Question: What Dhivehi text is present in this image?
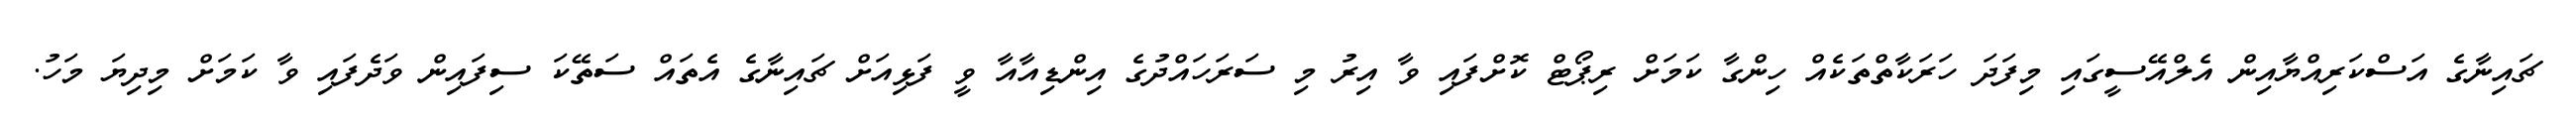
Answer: ޗައިނާގެ އަސްކަރިއްޔާއިން އެލްއޭސީގައި މިފަދަ ހަރަކާތްތަކެއް ހިންގާ ކަމަށް ރިޕޯޓް ކޮށްފައި ވާ އިރު މި ސަރަހައްދުގެ އިންޑިއާއާ ވީ ފަޅިއަށް ޗައިނާގެ އެތައް ސަތޭކަ ސިފައިން ވަދެފައި ވާ ކަމަށް މިދިޔަ މަހު.